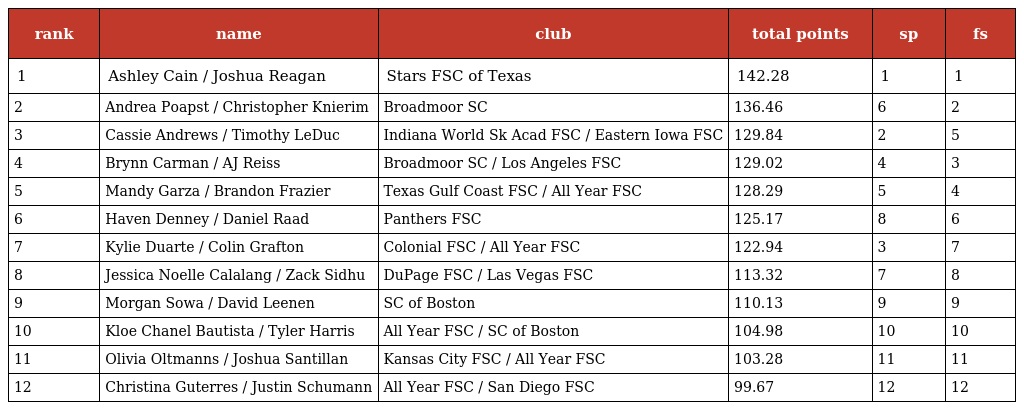
| rank | name | club | total points | sp | fs |
 | --- | --- | --- | --- | --- | --- |
 | 1 | Ashley Cain / Joshua Reagan | Stars FSC of Texas | 142.28 | 1 | 1 |
 | 2 | Andrea Poapst / Christopher Knierim | Broadmoor SC | 136.46 | 6 | 2 |
 | 3 | Cassie Andrews / Timothy LeDuc | Indiana World Sk Acad FSC / Eastern Iowa FSC | 129.84 | 2 | 5 |
 | 4 | Brynn Carman / AJ Reiss | Broadmoor SC / Los Angeles FSC | 129.02 | 4 | 3 |
 | 5 | Mandy Garza / Brandon Frazier | Texas Gulf Coast FSC / All Year FSC | 128.29 | 5 | 4 |
 | 6 | Haven Denney / Daniel Raad | Panthers FSC | 125.17 | 8 | 6 |
 | 7 | Kylie Duarte / Colin Grafton | Colonial FSC / All Year FSC | 122.94 | 3 | 7 |
 | 8 | Jessica Noelle Calalang / Zack Sidhu | DuPage FSC / Las Vegas FSC | 113.32 | 7 | 8 |
 | 9 | Morgan Sowa / David Leenen | SC of Boston | 110.13 | 9 | 9 |
 | 10 | Kloe Chanel Bautista / Tyler Harris | All Year FSC / SC of Boston | 104.98 | 10 | 10 |
 | 11 | Olivia Oltmanns / Joshua Santillan | Kansas City FSC / All Year FSC | 103.28 | 11 | 11 |
 | 12 | Christina Guterres / Justin Schumann | All Year FSC / San Diego FSC | 99.67 | 12 | 12 |